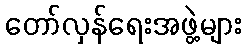
တော်လှန်ရေးအဖွဲ့များ